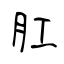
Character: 肛